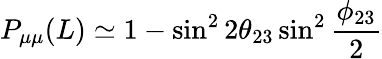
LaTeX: P_{\mu\mu}(L)\simeq 1-\sin^{2}2\theta_{23}\sin^{2}\frac{\phi_{23}}{2}